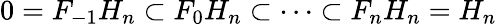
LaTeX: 0=F_{-1}H_{n}\subset F_{0}H_{n}\subset\dots\subset F_{n}H_{n}=H_{n}